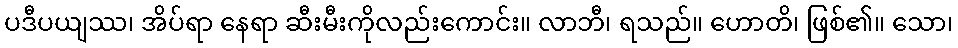
ပဒီပယျဿ၊ အိပ်ရာ နေရာ ဆီးမီးကိုလည်းကောင်း။ လာဘီ၊ ရသည်။ ဟောတိ၊ ဖြစ်၏။ သော၊